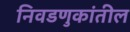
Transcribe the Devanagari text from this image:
निवडणुकांतील